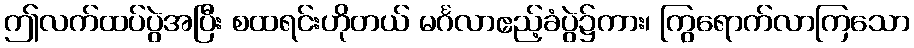
ဤလက်ထပ်ပွဲအပြီး စထရင်းဟိုတယ် မင်္ဂလာဧည့်ခံပွဲ၌ကား၊ ကြွရောက်လာကြသော